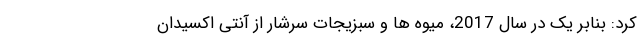
کرد: بنابر یک در سال 2017، میوه ها و سبزیجات سرشار از آنتی اکسیدان